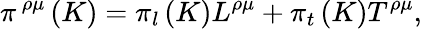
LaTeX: \pi^{\, \rho\mu}\left(K\right)=\pi_{l}\left(K\right)L^{\rho\mu}+\pi_{t}\left(K\right)T^{\rho\mu},